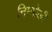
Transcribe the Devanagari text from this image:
निम्‍बोली